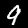
Label: 9